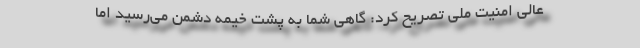
‌عالی امنیت ملّی تصریح کرد: گاهی شما به پشت خیمه دشمن می‌رسید امّا